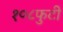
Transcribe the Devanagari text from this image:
१०८फुटी